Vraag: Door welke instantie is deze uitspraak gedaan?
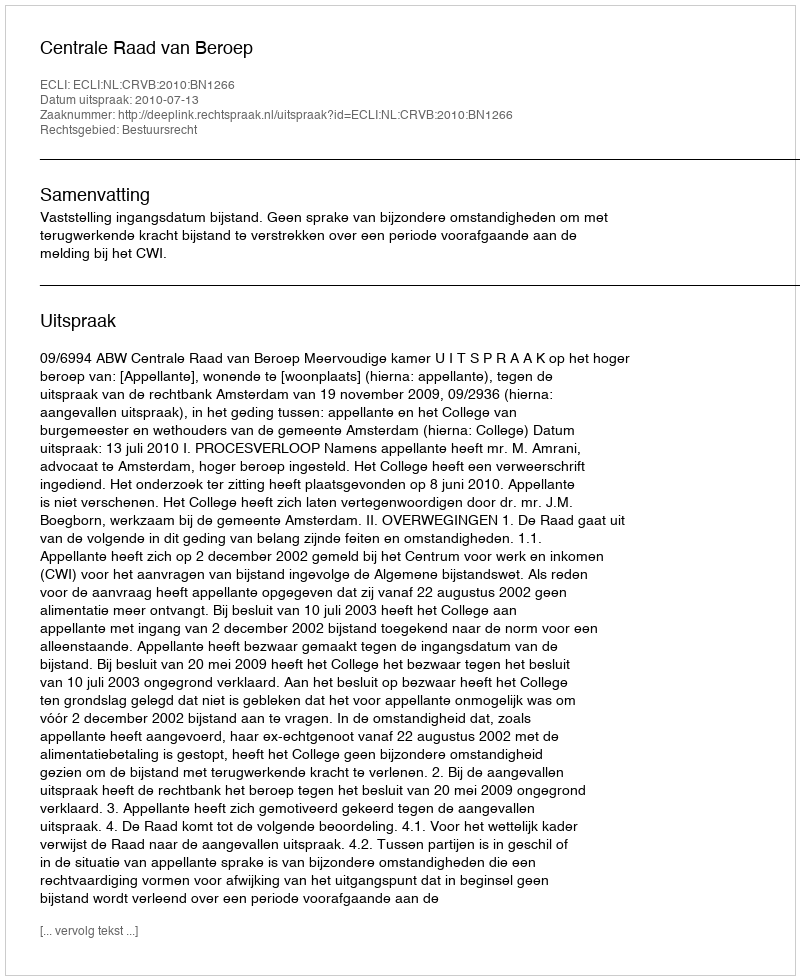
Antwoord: Centrale Raad van Beroep